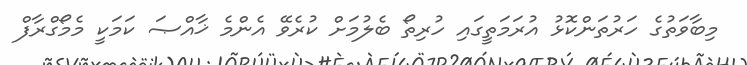
މިބާވަތުގެ ހަރުތަންކޮޅު އުރަމަތީގައި ހުރިތޯ ބެލުމަށް ކުރެވޭ އެންމެ ޚާއްޞަ ކަމަކީ މެމޯގްރާފް